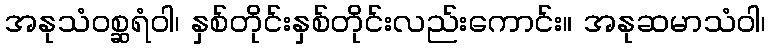
အနုသံဝစ္ဆရံဝါ၊ နှစ်တိုင်းနှစ်တိုင်းလည်းကောင်း။ အနုဆမာသံဝါ၊